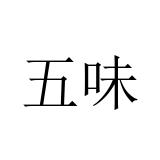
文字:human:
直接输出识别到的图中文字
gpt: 五味